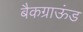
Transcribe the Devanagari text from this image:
बैकग्राऊंड